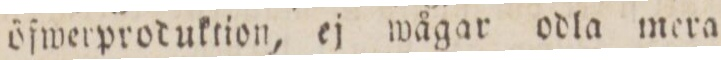
öfwerproduktion, ej wågar odla mera